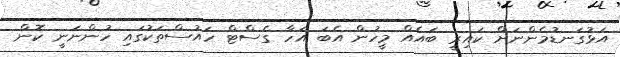
އަޅުގަނޑުމެންނަށް ކައިރީ ބައެއް މީހުން އެބަ އަހާ ގެސްޓް ހައުސްތަކުގައި ހުންނަނީ ކޮން